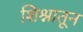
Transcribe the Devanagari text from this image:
शिश्नातून